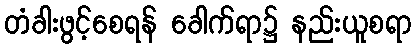
တံခါးဖွင့်စေရန် ခေါက်ရာ၌ နည်းယူစရာ